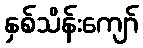
နှစ်သိန်းကျော်